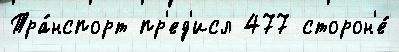
Тра́нспорт пр'ед'исл 477 сторон'е́